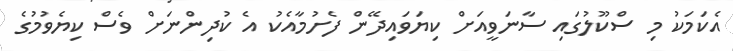
އެކަމަކު މި ސްކޫލުގައި ސާނަވީއަށް ކިޔަވައިދޭން ފެށުމާއެކު އެ ކުދިންނަށް ވެސް ކިޔެވުމުގެ